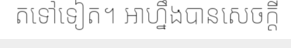
តទៅទៀត។ អាហ្នឹងបានសេចក្តី